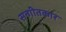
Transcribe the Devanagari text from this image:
सन्गीतकार